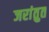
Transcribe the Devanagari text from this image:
जरांतुत